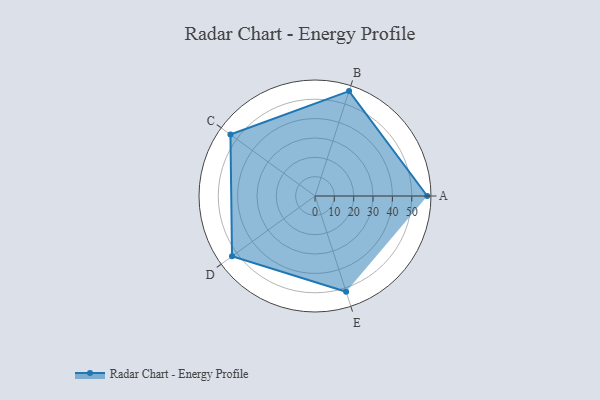
{"axis": {"x": "Skill", "y": "Score"}, "legend": ["Profile"], "data": [{"x": "A", "y": 58.0, "type": "Profile"}, {"x": "B", "y": 57.0, "type": "Profile"}, {"x": "C", "y": 54.0, "type": "Profile"}, {"x": "D", "y": 53.0, "type": "Profile"}, {"x": "E", "y": 52.0, "type": "Profile"}]}